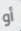
أو